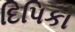
દિપિકા